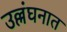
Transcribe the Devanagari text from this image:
उल्लंघनात